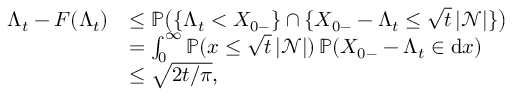
\begin{array} { r l } { \Lambda _ { t } - F ( \Lambda _ { t } ) } & { \le \mathbb { P } \big ( \{ \Lambda _ { t } < X _ { 0 - } \} \cap \{ X _ { 0 - } - \Lambda _ { t } \le \sqrt { t } \, | \mathcal { N } | \} \big ) } \\ & { = \int _ { 0 } ^ { \infty } \mathbb { P } ( x \le \sqrt { t } \, | \mathcal { N } | ) \, \mathbb { P } ( X _ { 0 - } - \Lambda _ { t } \in \mathrm { d } x ) } \\ & { \le \sqrt { 2 t / \pi } , } \end{array}